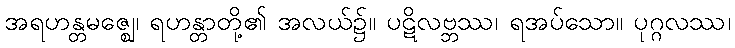
အရဟန္တမဇ္ဈေ၊ ရဟန္တာတို့၏ အလယ်၌။ ပဋိလဗ္ဘဿ၊ ရအပ်သော။ ပုဂ္ဂလဿ၊